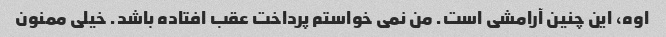
اوه، این چنین آرامشی است. من نمی خواستم پرداخت عقب افتاده باشد. خیلی ممنون